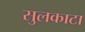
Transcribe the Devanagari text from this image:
सुलकाटा